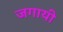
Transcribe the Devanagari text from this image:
जगायी